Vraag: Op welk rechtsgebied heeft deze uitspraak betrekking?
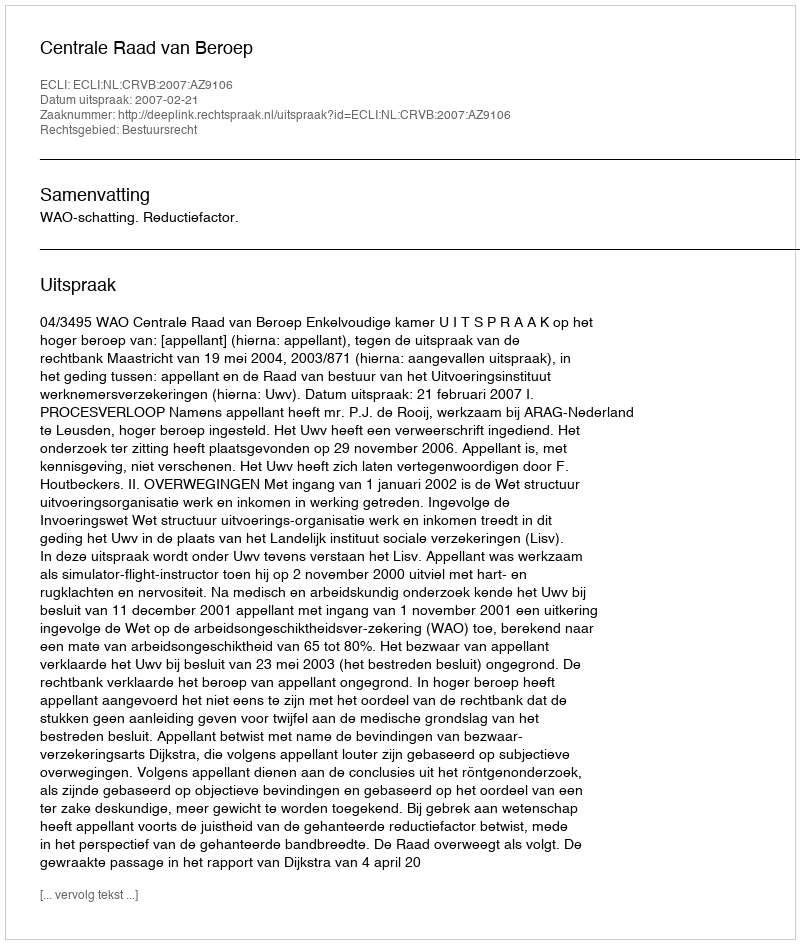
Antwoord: Bestuursrecht